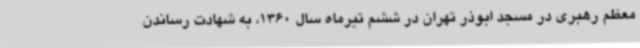
معظم رهبری در مسجد ابوذر تهران در ششم تیرماه سال 1360، به شهادت رساندن